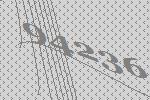
94236